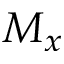
M _ { x }